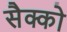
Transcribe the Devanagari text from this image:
सैक्को